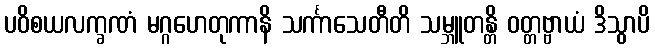
ပဝိစယလက္ခဏံ မဂ္ဂဟေတုကာနိ သင်္ကာသေတီတိ သမ္ဘူတန္တိ ဝတ္တဗ္ဗာယံ ဒိသွာပိ